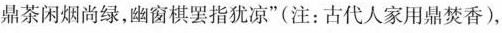
鼎茶闲烟尚绿，幽窗棋罢指犹凉”(注：古代人家用鼎焚香)，